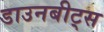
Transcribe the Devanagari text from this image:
डाउनबीट्स